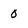
Character: 0